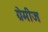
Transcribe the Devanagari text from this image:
ग्रेमीज